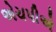
એચપીએ